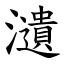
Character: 瀢